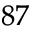
^ { 8 7 }